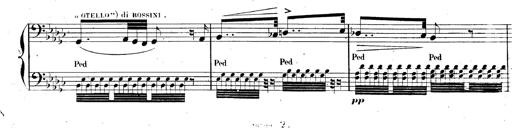
Title: AnnÃ©es de pÃ¨lerinage II, SupplÃ©ment
Composer: Franz Liszt